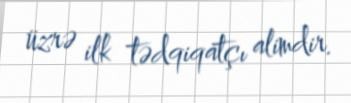
üzrə ilk tədqiqatçı alimdir.